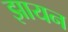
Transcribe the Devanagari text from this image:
झायन